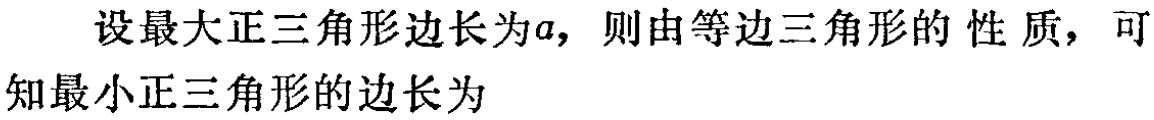
设最大正三角形边长为\(a\)，则由等边三角形的性质，可知最小正三角形的边长为